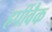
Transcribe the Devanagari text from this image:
हर्पीवैक